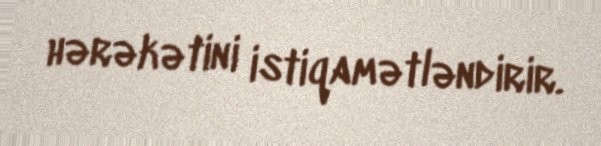
hərəkətini istiqamətləndirir.